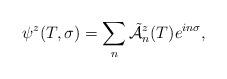
LaTeX: \begin{align*}\psi^{z}(T,\sigma)=\sum_{n}\tilde{\cal A}\vphantom{\cal A}_{n}^{z}(T)e^{in\sigma} ,\end{align*}